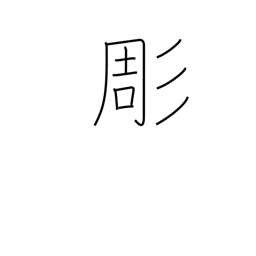
Meaning: chisel